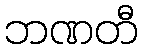
ဘဏတီ